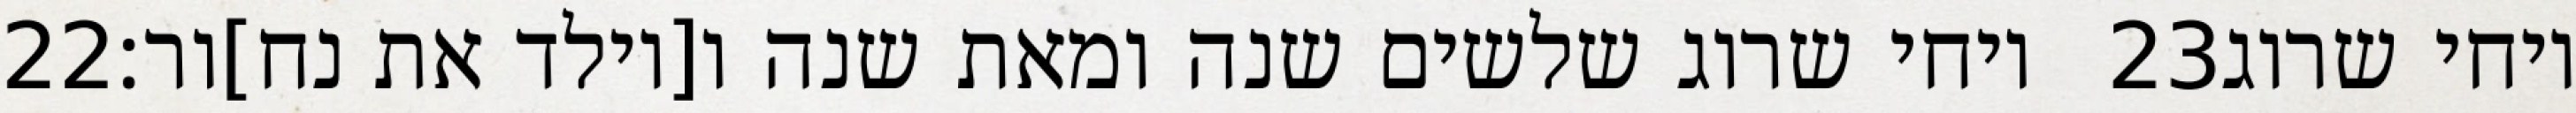
‎22‏ ויחי שרוג שלשים שנה ומאת שנה ו[יולד את נח]ור׃ ‎23‏ ויחי שרוג